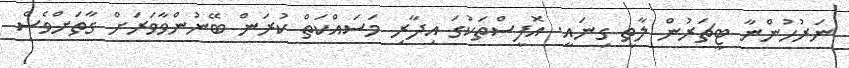
ނަރުހުންނާ ޓީޗަރުން ލާތީ ގިނައީ. އޮފީސްތަކުގަ އިދާރި މަސައްކަތް ކުރަން ބޭނުންވާވަރަށް ގާތަށްވެސް